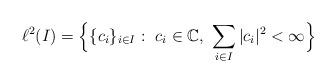
LaTeX: \begin{align*}\ell^{2}(I)=\Big\lbrace\lbrace c_{i}\rbrace_{i\in I}:\ c_{i}\in\Bbb C ,\ \sum _{i\in I}\vert c_{i} \vert ^{2}<\infty \Big\rbrace\end{align*}